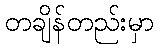
တချိန်တည်းမှာ